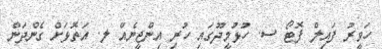
ހަވީރު ފައިލް ފޮޓޯ ސ. ހުޅުމީދޫގައި ހުރި އިންޖީނެއް ލ. އަތޮޅަށް ގެންދަން